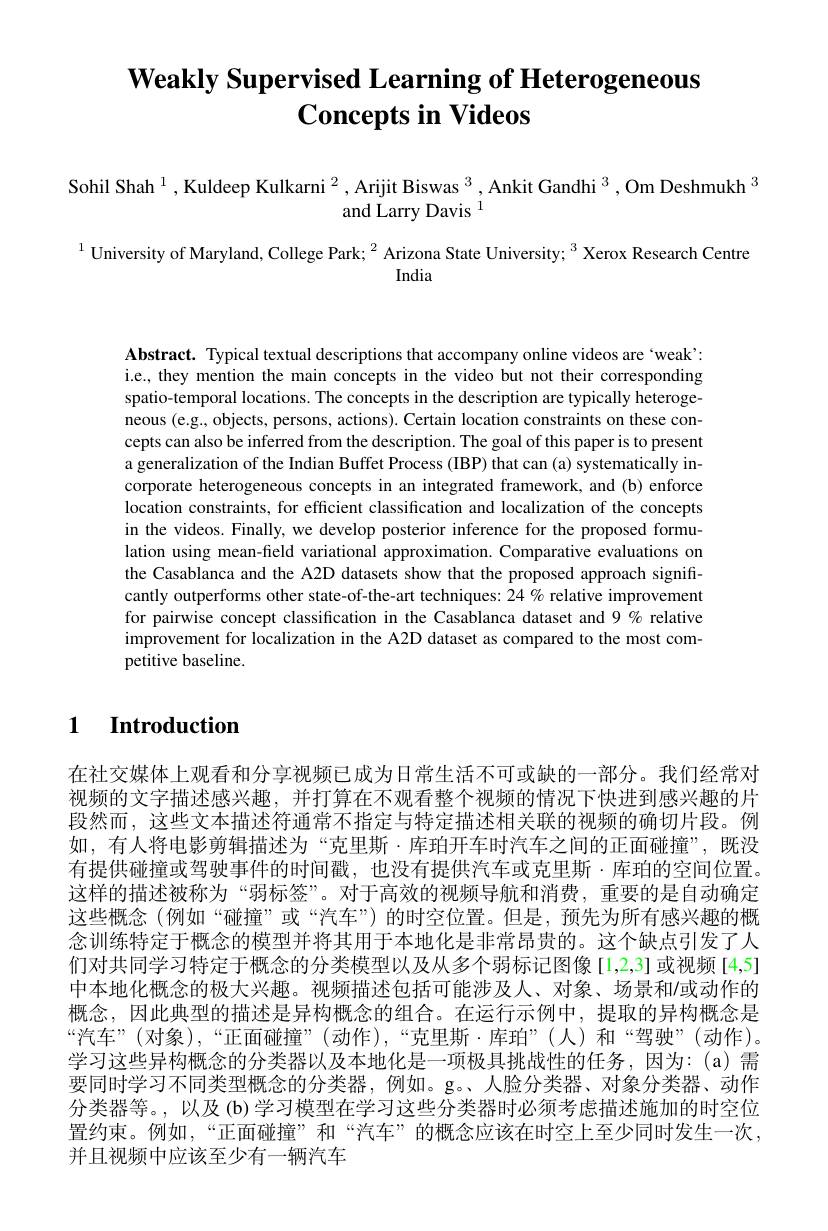
# $\textbf{Weakly Supervised Learning of Heterogeneous}$ $\textbf{Concepts in Videos}$

Sohil Shah $^1,\text{Kuldeep Kulkarni}^2,\text{ArijitBiswas}^3,\text{AnkitGandhi}^3,\text{Om Deshmukh}^3$
and Larry Davis $^{1}$

$^{1}$ University of Maryland, College Park; $^2$ Arizona State University; $^3$ Xerox Research Centre
India

Abstract. Typical textual descriptions that accompany online videos are`weak' i.e., they mention the main concepts in the video but not their corresponding spatio-temporal locations. The concepts in the description are typically heterogeneous (e.g., objects, persons, actions). Certain location constraints on these concepts can also be inferred from the description. The goal of this paper is to present a generalization of the Indian Buffet Process (IBP) that can (a) systematically incorporate heterogeneous concepts in an integrated framework, and (b) enforce location constraints, for efficient classification and localization of the concepts in the videos. Finally, we develop posterior inference for the proposed formulation using mean-field variational approximation. Comparative evaluations on the Casablanca and the A2D datasets show that the proposed approach significantly outperforms other state-of-the-art techniques: 24% relative improvement for pairwise concept classification in the Casablanca dataset and 9% relative improvement for localization in the A2D dataset as compared to the most competitive baseline.

# 1 Introduction

在社交媒体上观看和分享视频已成为日常生活不可或缺的一部分。我们经常对视频的文字描述感兴趣，并打算在不观看整个视频的情况下快进到感兴趣的片段然而，这些文本描述符通常不指定与特定描述相关联的视频的确切片段。例如，有人将电影剪辑描述为“克里斯·库珀开车时汽车之间的正面碰撞”,既没有提供碰撞或驾驶事件的时间戳，也没有提供汽车或克里斯·库珀的空间位置。这样的描述被称为“弱标签”。对于高效的视频导航和消费，重要的是自动确定这些概念(例如“碰撞”或“汽车”)的时空位置。但是，预先为所有感兴趣的概念训练特定于概念的模型并将其用于本地化是非常昂贵的。这个缺点引发了人们对共同学习特定于概念的分类模型以及从多个弱标记图像[1,2,3]或视频[4,5] 中本地化概念的极大兴趣。视频描述包括可能涉及人、对象、场景和/或动作的概念，因此典型的描述是异构概念的组合。在运行示例中，提取的异构概念是“汽车”(对象),“正面碰撞”(动作),“克里斯·库珀”(人)和“驾驶”(动作)。学习这些异构概念的分类器以及本地化是一项极具挑战性的任务，因为：(a)需要同时学习不同类型概念的分类器，例如。g。、人脸分类器、对象分类器、动作分类器等。,以及(b) 学习模型在学习这些分类器时必须考虑描述施加的时空位置约束。例如，“正面碰撞”和“汽车”的概念应该在时空上至少同时发生一次， 并且视频中应该至少有一辆汽车